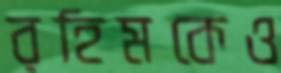
রহিমকেও